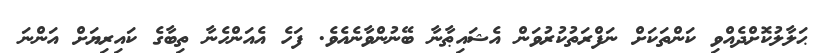
ޙަލާލުކޮށްދެއްވި ކަންތަކަށް ނަފްރަތުކުރުވަން އެޝައިޠާނާ ބޭނުންވާނެއެވެ. ފަހެ އެއަންހެނާ ތިބާގެ ކައިރިޔަށް އަންނަ